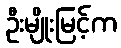
ဦးမျိုးမြင့်က